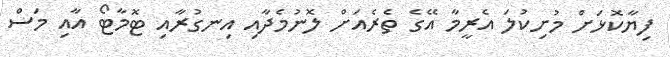
ފިޔާކޮޅަށް މުށިކުލަ އެރީމާ އޭގެ ތެރެއަށް ލޮނުމެދާއި އިނގުރާއި ޓޮމާޓޯ އާއި މަސް